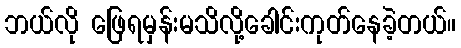
ဘယ်လို ဖြေရမှန်းမသိလို့ခေါင်းကုတ်နေခဲ့တယ်။